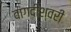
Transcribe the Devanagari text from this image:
वागदीश्वरी